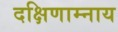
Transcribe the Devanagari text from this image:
दक्षिणाम्नाय